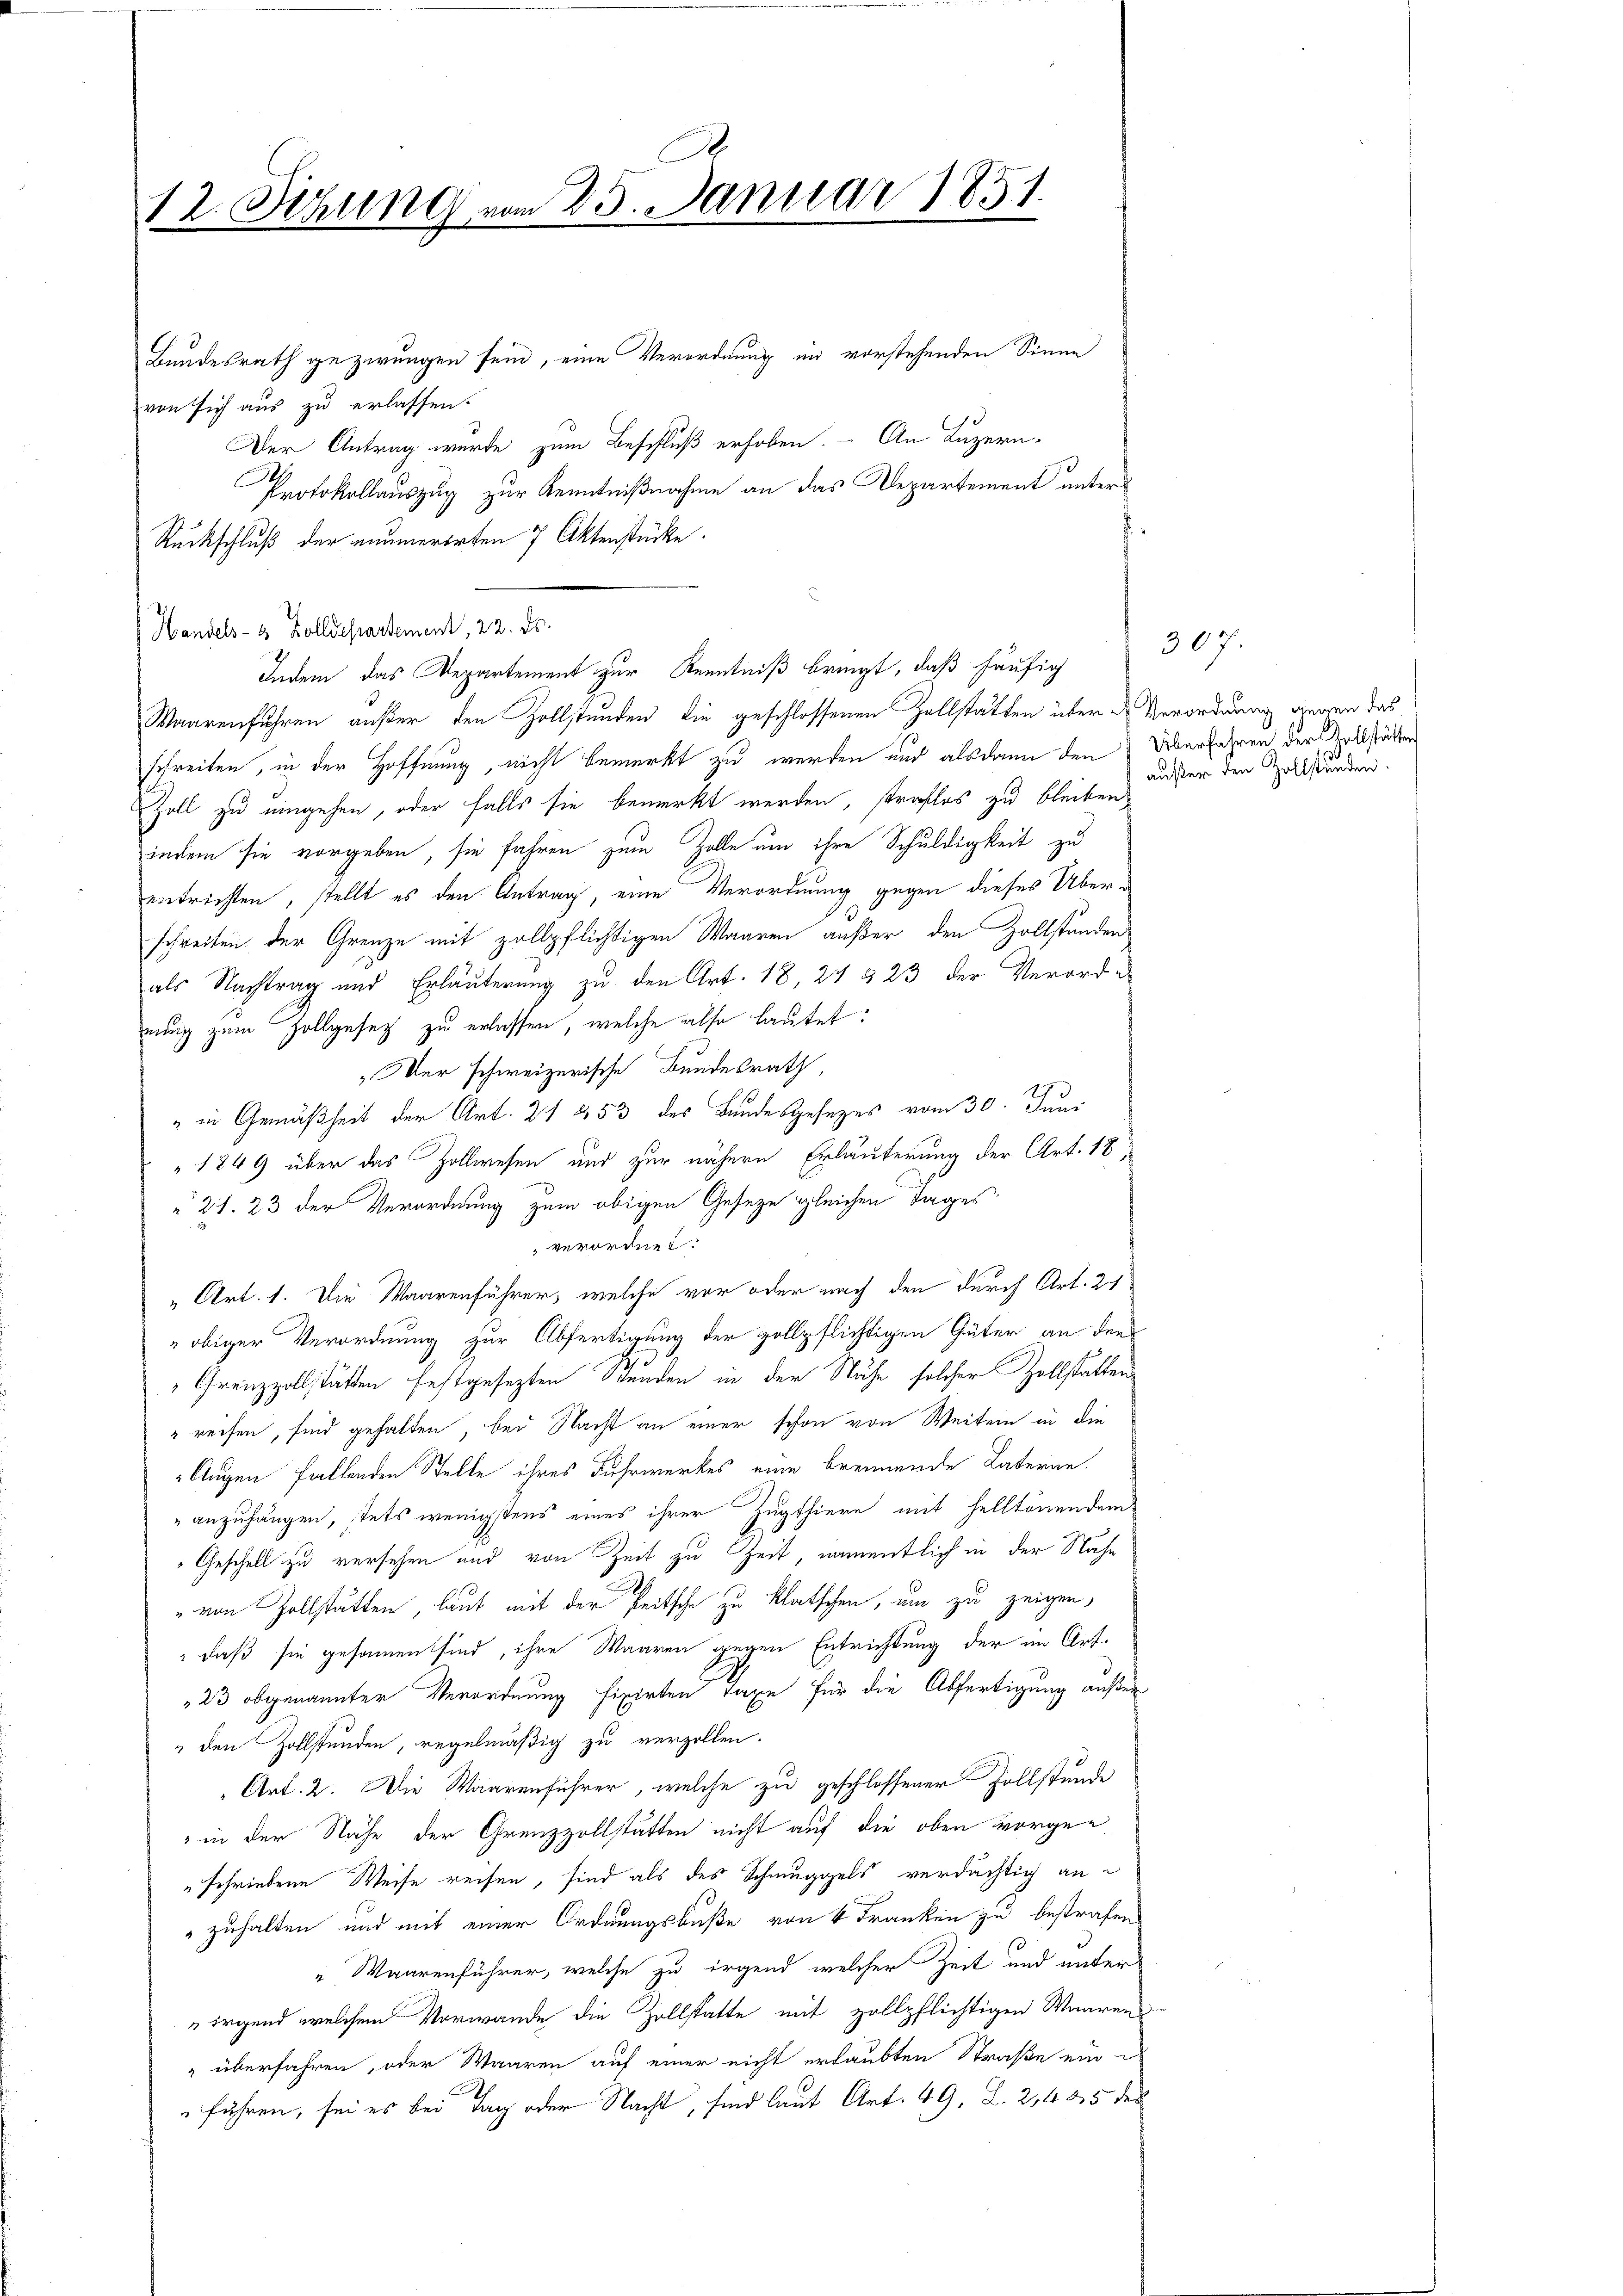
.
12. Sitzung vom 25. Januar 1851.

Bundesrath gezwungen sein, eine Verordnung in vorstehenden Sinne
von sich aus zu erlassen.
Der Antrag wurde zum Beschluß erhoben. - An Luzern,
Protokollauszug zur Kenntnißnahme an das Departement unter¬
.
Rückschluß der neumerirten 7 Aktenstücke.
Waarenführen außer den Zollstunden die geschlossenen Zollstatten über de Verordnung gegen das
schreiten, in der Hoffnung, nicht bemerkt zu werden und alsdann den Überfahren der Vollstätter
Zoll zu eingehen, oder falls sie bemerkt werden, straflos zu bleiben,
indem sie vorgeben, sie fahren zum Zelle um ihre Schuldigkeit zu
entrichten, stellt es den Antrag, eine Verordnung gegen dieses Überschreiben der Grenze mit zollpflichtigen Waaren außer den Zollständen
als Nachtrag und Erläuterung zu den Art. 18, 24 § 23 der Verord-
nung zum Zollgesetz zu erlassen, welche also lautet:
Wer schweizerische Bundesrath,
" in Gemäßheit der Art. 21 253 des Bundesgesezes vom 30. Juni
" 1849 über das Zollwesen und zur nähern Erläuterung der Art. 18,
“ 21. 23 der Verordnung zum obigen Gesetze gleichen Tages
verordnet:
„Art. 1. Die Waarenführer, welche vor oder nach den durch Art. 21
obiger Verordnung zur Abfertigung der zollpflichtigen Güter an den
Grenzzollstätten festgesezten Stunden in der Nähe solcher Zollstätten
reisen, sind gehalten, bei Nacht an einer schon von Weitern in die
Augen fallenden Stelle ihres Fuhrwerkes eine brennende Vateran.
anzuhängen, stets wenigstens eines ihrer Zugthiere mit helltönendem
Geschell zu versehen und von Zeit zu Zeit, namentlich in der Nahe

" von Zollstätten, laut mit der Peitsche zu klatschen, um zu zeigen,
" daß sie gesammen sind, ihre Waaren gegen Entrichtung der im Art.
23 abgenannter Verordnung fixirten Taxe für die Abfertigung außer¬
" den Zollstunden, regelmäßig zu verzollen.
Art. 2. Die Waarenführer, welche zu geschlossener Zollstunde
" in der Nähe der Grenzzollstätten nicht auf die oben vorgeschriebene Weise reisen, sind als des Schmuggels verdächtig an
zuhalten und mit einer Ordnungsbuße von 4 Franken zu bestrafen
Waarenführer, welche zu irgend welcher Zeit und unter
"irgend welchem Vorwande die Zollstatte mit zollpflichtigen Waaren
" überfahren, oder Waaren auf einer nicht erlaubten Straße ein
Ich
führen, sei es bei Tag oder Nacht, sind laut Art. 49, S. 2, 485 des

Handels- & Zolldepartement, 22. ds.
Indem das Departement zur Kenntniß bringt, daß häufig

307.
außer den Zollständen.